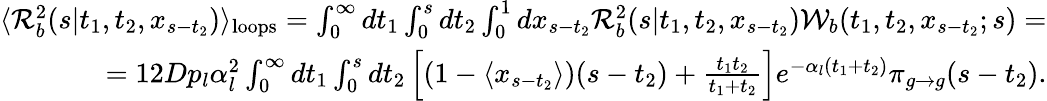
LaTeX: \begin{array}{r}{\langle{\cal R}_{b}^{2}(s|t_{1},t_{2},x_{s-t_{2}})\rangle_{\mathrm{loops}}=\int_{0}^{\infty}dt_{1}\int_{0}^{s}dt_{2}\int_{0}^{1}dx_{s-t_{2}}{\cal R}_{b}^{2}(s|t_{1},t_{2},x_{s-t_{2}}){\cal W}_{b}(t_{1},t_{2},x_{s-t_{2}};s)=}\\ {=12Dp_{l}\alpha_{l}^{2}\int_{0}^{\infty}dt_{1}\int_{0}^{s}dt_{2}\left[(1-\langle x_{s-t_{2}}\rangle)(s-t_{2})+\frac{t_{1}t_{2}}{t_{1}+t_{2}}\right]e^{-\alpha_{l}(t_{1}+t_{2})}\pi_{g\to g}(s-t_{2}).}\end{array}